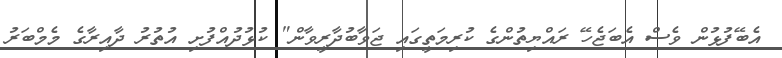
އެބޭފުޅުން ވެސް އެބަޖެހޭ ރައްޔިތުންގެ ކުރިމަތީގައި ޖަވާބުދާރީވާން" ކުޅުދުއްފުށި އުތުރު ދާއިރާގެ މެމްބަރު